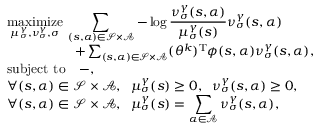
\begin{array} { r l } & { \displaystyle \underset { \mu _ { \sigma } ^ { \gamma } , \nu _ { \sigma } ^ { \gamma } , \sigma } { \mathrm { m a x i m i z e } } \: \sum _ { ( s , \alpha ) \in \mathcal { S } \times \mathcal { A } } - \log \frac { \nu _ { \sigma } ^ { \gamma } ( s , \alpha ) } { \mu _ { \sigma } ^ { \gamma } ( s ) } \nu _ { \sigma } ^ { \gamma } ( s , \alpha ) } \\ & { \quad \quad \quad \quad \quad + \sum _ { ( s , \alpha ) \in \mathcal { S } \times \mathcal { A } } ( \theta ^ { k } ) ^ { \mathrm { T } } \phi ( s , \alpha ) \nu _ { \sigma } ^ { \gamma } ( s , \alpha ) , } \\ & { \displaystyle \mathrm { s u b j e c t \ t o } \quad - , } \\ & { \displaystyle \forall ( s , \alpha ) \in \mathcal { S } \times \mathcal { A } , \; \; \mu _ { \sigma } ^ { \gamma } ( s ) \geq 0 , \; \; \nu _ { \sigma } ^ { \gamma } ( s , \alpha ) \geq 0 , } \\ & { \displaystyle \forall ( s , \alpha ) \in \mathcal { S } \times \mathcal { A } , \; \; \mu _ { \sigma } ^ { \gamma } ( s ) = \sum _ { \alpha \in \mathcal { A } } \nu _ { \sigma } ^ { \gamma } ( s , \alpha ) , } \end{array}